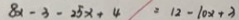
8 x - 3 - 2 5 x + 4 = 1 2 - 1 0 x + 3